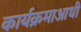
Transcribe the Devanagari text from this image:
कार्यक्रमाआधी